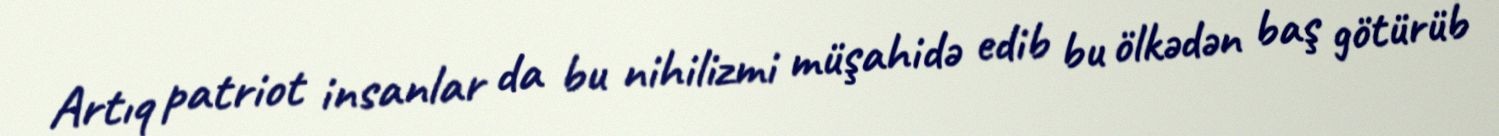
Artıq patriot insanlar da bu nihilizmi müşahidə edib bu ölkədən baş götürüb